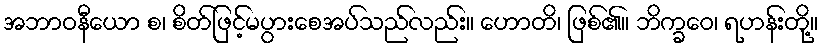
အဘာဝနီယော စ၊ စိတ်ဖြင့်မပွားစေအပ်သည်လည်း။ ဟောတိ၊ ဖြစ်၏။ ဘိက္ခဝေ၊ ရဟန်းတို့။